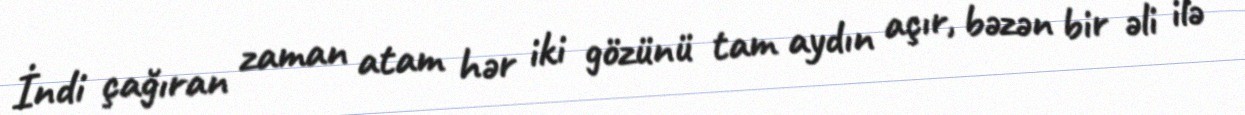
İndi çağıran zaman atam hər iki gözünü tam aydın açır, bəzən bir əli ilə